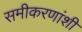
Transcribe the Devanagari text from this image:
समीकरणांशी